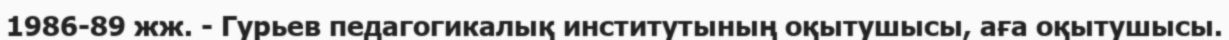
1986-89 жж. - Гурьев педагогикалық институтының оқытушысы, аға оқытушысы.